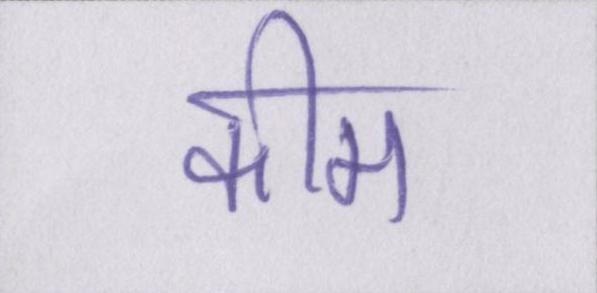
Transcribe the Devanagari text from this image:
कीम